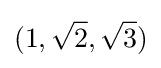
(1,{\sqrt {2}},{\sqrt {3}})